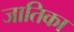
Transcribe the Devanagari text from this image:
जातिका